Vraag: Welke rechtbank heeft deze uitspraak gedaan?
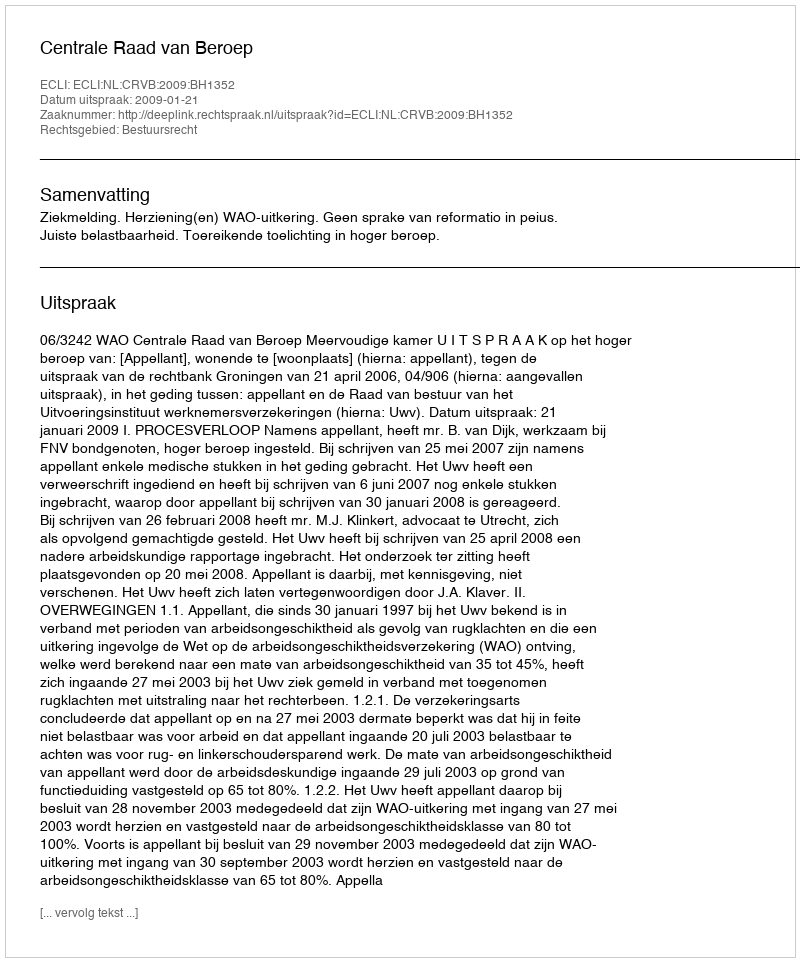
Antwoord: Centrale Raad van Beroep